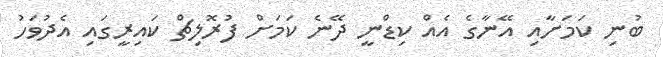
ބުނި ކަމަށާއި އޭނާގެ އެއް ކިޑްނީ ދޭނެ ކަމަށް ފުރޮލިޗް ކައިރީގައި އެދުވަހު